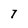
Character: 7